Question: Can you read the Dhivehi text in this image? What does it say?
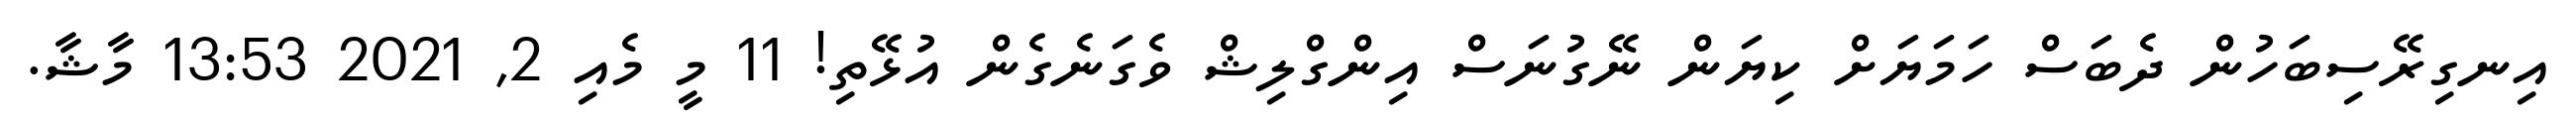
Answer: އިނގިރޭސިބަހުން ދެބަސް ހަމަޔަށް ކިޔަން ނޭގުނަސް އިންގްލިޝް ވެގަނެގެން އުޅޭތި! 11 މީ މެއި 2, 2021 13:53 މާޝާ.